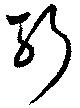
斬